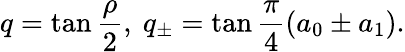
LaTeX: q=\tan\frac{\rho}{2},\ q_{\pm}=\tan\frac{\pi}{4}(a_{0}\pm a_{1}).